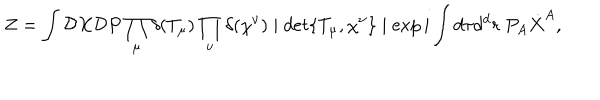
Z = \int { \cal D } X { \cal D } P \prod _ { \mu } \delta ( T _ { \mu } ) \prod _ { \nu } \delta ( \chi ^ { \nu } ) \mid d e t \{ T _ { \mu } , \chi ^ { \nu } \} \mid \exp i \int d \tau d ^ { d } r ~ P _ { A } \dot { X } ^ { A } ,